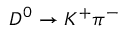
D ^ { 0 } \to K ^ { + } \pi ^ { - }